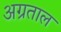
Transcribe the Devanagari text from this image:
अग्रताल